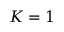
K = 1